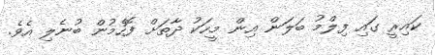
ކައިރީ ގައި ފިލްމު ބަލަން އިން މީހަކު ދާތަށް ފޮހެމުން ބުނެލި އެވެ.